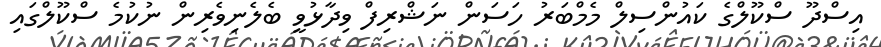
އިސްދޫ ސްކޫލްގެ ކައުންސިލް މެމްބަރު ހަސަން ނަޝްރިފް ވިދާޅުވީ ބެލެނިވެރިން ނުކުމެ ސްކޫލްގައި